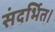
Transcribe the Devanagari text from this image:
संदर्भित।